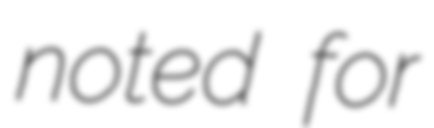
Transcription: noted for